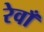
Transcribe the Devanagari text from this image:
रेवाँ